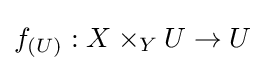
f_{(U)}:X\times _{Y}U\to U